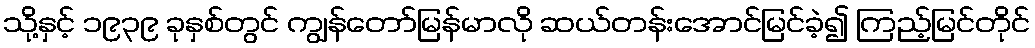
သို့နှင့် ၁၉၃၉ ခုနှစ်တွင် ကျွန်တော်မြန်မာလို ဆယ်တန်းအောင်မြင်ခဲ့၍ ကြည့်မြင်တိုင်